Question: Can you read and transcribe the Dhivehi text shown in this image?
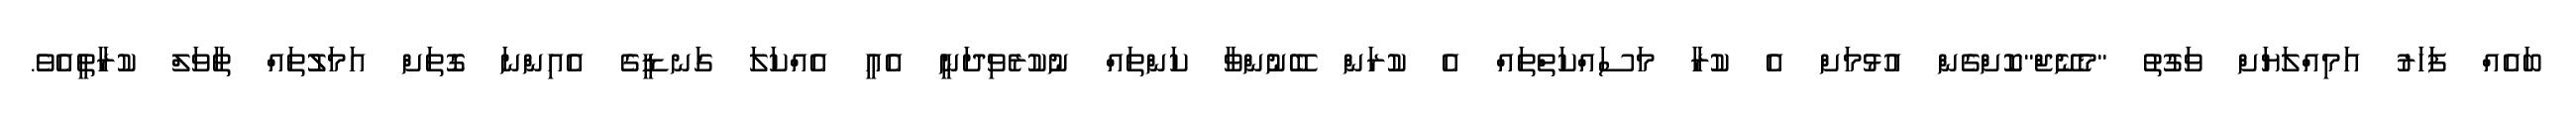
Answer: ބައެއް ފަަހަރު އަމިއްލަޔަށް ވަގުތު "މެނޭޖް"ކޮށްގެން އުޅުމަށް އެ ކުރާ މަސައްކަތްތައް އެ ކުރަން ބޭނުންވާ ކަންތައް ނުކުރެވިދަނީ އެއީ އެއްކަލަ ގަނޑީގެ އެއިންނަ ގޮތަށް އަމަލުތައް ތާވަލް ކުރާތީއެވެ.